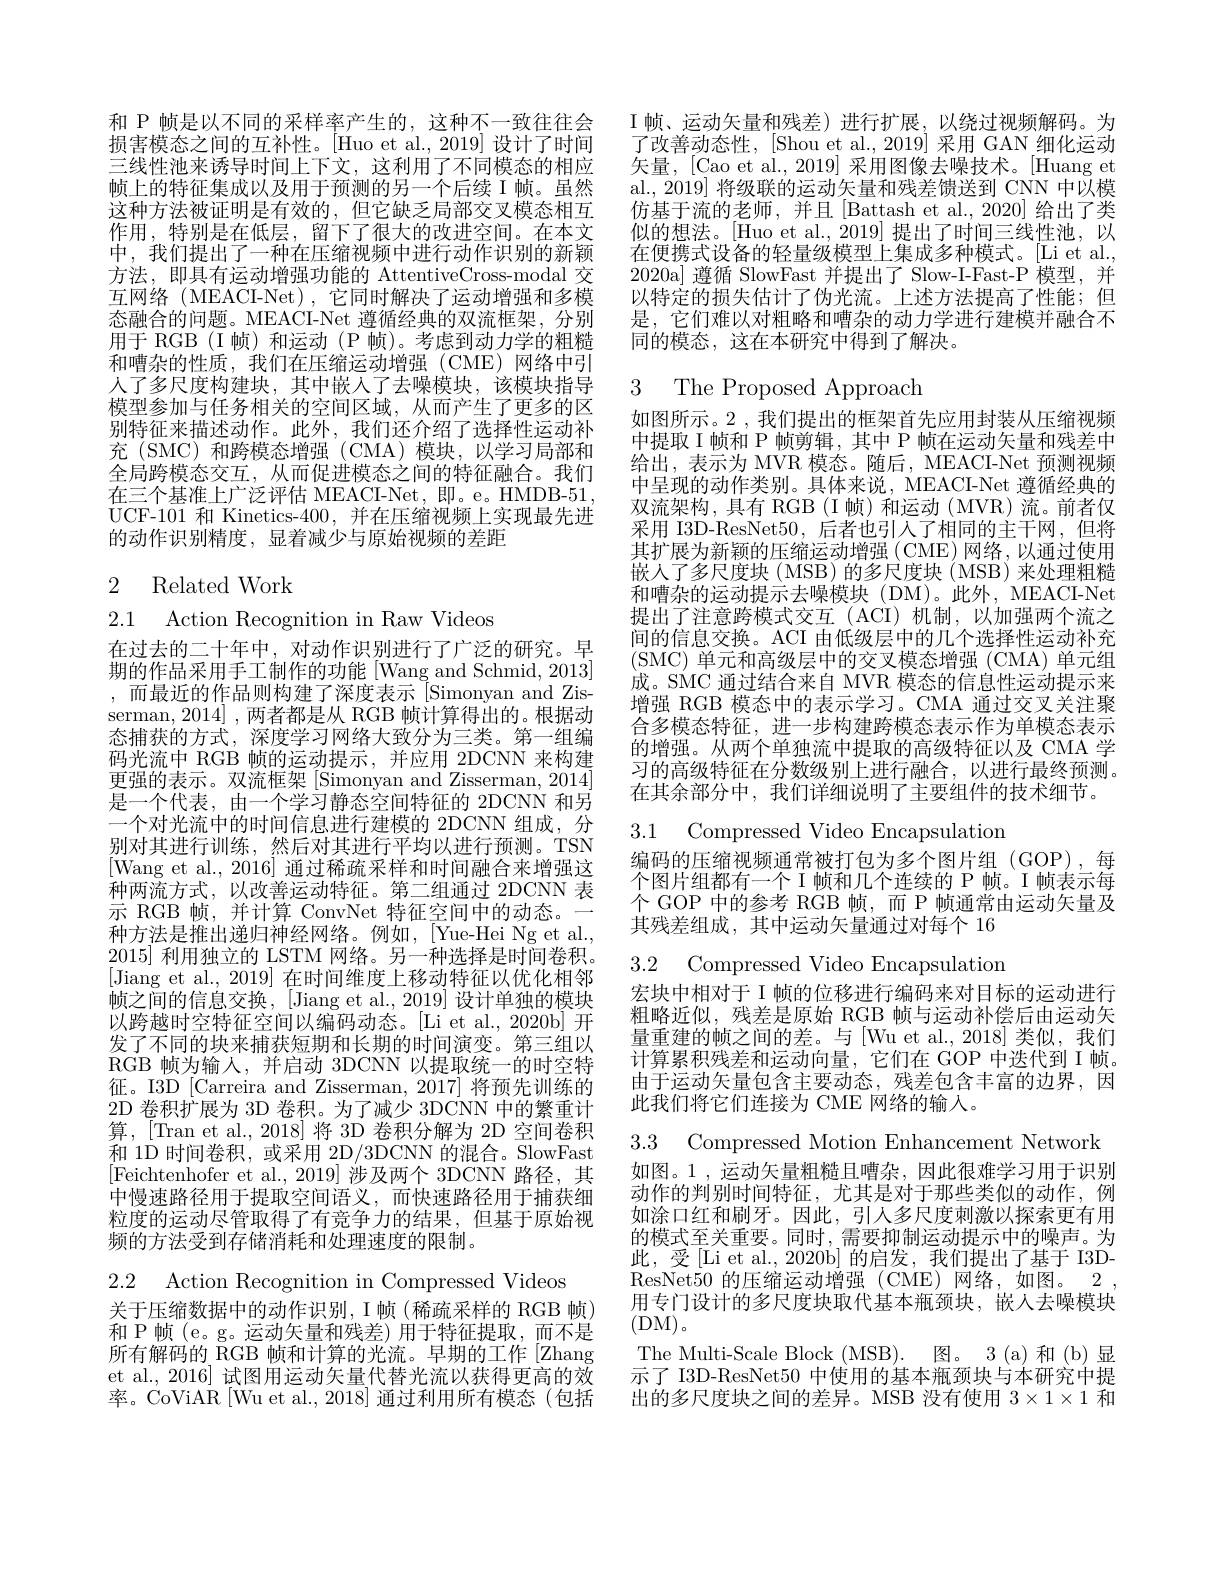
和 P 帧是以不同的采样率产生的，这种不一致往往会损害模态之间的互补性。[Huo et al., 2019] 设计了时间三线性池来诱导时间上下文，这利用了不同模态的相应帧上的特征集成以及用于预测的另一个后续 I 帧。虽然这种方法被证明是有效的，但它缺乏局部交叉模态相互作用，特别是在低层，留下了很大的改进空间。在本文中，我们提出了一种在压缩视频中进行动作识别的新颖方法，即具有运动增强功能的 AttentiveCross-modal 交互网络(MEACI-Net),它同时解决了运动增强和多模态融合的问题。MEACI-Net 遵循经典的双流框架，分别用于 RGB (I 帧) 和运动 (P 帧)。考虑到动力学的粗糙和嘈杂的性质，我们在压缩运动增强(CME)网络中引人了多尺度构建块，其中嵌入了去噪模块，该模块指导模型参加与任务相关的空间区域，从而产生了更多的区别特征来描述动作。此外，我们还介绍了选择性运动补充 (SMC) 和跨模态增强 (CMA) 模块，以学习局部和全局跨模态交互，从而促进模态之间的特征融合。我们在三个基准上广泛评估 MEACI-Net, 即。e。HMDB-51, UCF- 101 和 Kinetics- 400 , 并 在 压 缩 视 频 上 实 现 最 先 进 的动作识别精度，显着减少与原始视频的差距

# 2 Related Work

2.1 Action Recognition in Raw Videos
在过去的二十年中，对动作识别进行了广泛的研究。早期的作品采用手工制作的功能[Wang and Schmid, 2013] ,而最近的作品则构建了深度表示[Simonyan and Zisserman, 2014] , 两者都是从 RGB 帧计算得出的。根据动态捕获的方式，深度学习网络大致分为三类。第一组编码光流中 RGB 帧的运动提示，并应用 2DCNN 来构建更强的表示。双流框架 [Simonyan and Zisserman, 2014] 是一个代表，由一个学习静态空间特征的 2DCNN 和另一个对光流中的时间信息进行建模的 2DCNN 组成，分别对其进行训练，然后对其进行平均以进行预测。TSN [Wang et al., 2016] 通过稀疏采样和时间融合来增强这种两流方式，以改善运动特征。第二组通过 2DCNN 表示 RGB 帧，并计算 ConvNet 特征空间中的动态。一种方法是推出递归神经网络。例如，[Yue-Hei Ng et al. 2015]利用独立的 LSTM 网络。另一种选择是时间卷积。[Jiang et al., 2019] 在时间维度上移动特征以优化相邻帧之间的信息交换，[Jiang et al., 2019] 设计单独的模块以跨越时空特征空间以编码动态。[Li et al., 2020b] 开发了不同的块来捕获短期和长期的时间演变。第三组以RGB 帧为输人，并启动 3DCNN 以提取统一的时空特征。I3D [Carreira and Zisserman, 2017] 将预先训练的2D 卷积扩展为 3D 卷积。为了减少 3DCNN 中的繁重计算，[Tran et al., 2018]将 3D 卷积分解为 2D 空间卷积和 1D 时间卷积，或采用 2D/3DCNN 的混合。SlowFast [Feichtenhofer et al.,2019] 涉及两个 3DCNN 路径，其中慢速路径用于提取空间语义，而快速路径用于捕获细粒度的运动尽管取得了有竞争力的结果，但基于原始视频的方法受到存储消耗和处理速度的限制。

2.2 Action Recognition in Compressed Videos
关于压缩数据中的动作识别，I帧(稀疏采样的 RGB 帧) 和 P 帧 (e。g。运动矢量和残差)用于特征提取，而不是所有解码的 RGB 帧和计算的光流。早期的工作[Zhang et al., 2016] 试图用运动矢量代替光流以获得更高的效率。CoViAR[Wu et al., 2018] 通过利用所有模态(包括

I 帧、运动矢量和残差)进行扩展，以绕过视频解码。为了改善动态性，[Shou et al., 2019] 采用 GAN 细化运动矢量，[Cao et al., 2019] 采用图像去噪技术。[Huang et al., 2019] 将级联的运动矢量和残差馈送到 CNN 中以模仿基于流的老师，并且[Battash et al.,2020] 给出了类似的想法。[Huo et al., 2019] 提出了时间三线性池，以在便携式设备的轻量级模型上集成多种模式。[Li et al., 2020a] 遵循 SlowFast 并提出了 Slow-I-Fast-P 模型，并以特定的损失估计了伪光流。上述方法提高了性能；但是，它们难以对粗略和嘈杂的动力学进行建模并融合不同的模态，这在本研究中得到了解决。

# 3 The Proposed Approach

如图所示。2 , 我们提出的框架首先应用封装从压缩视频中提取 I 帧和 P 帧剪辑，其中 P 帧在运动矢量和残差中给出，表示为 MVR 模态。随后，MEACI-Net 预测视频中呈现的动作类别。具体来说，MEACI-Net 遵循经典的双流架构，具有 RGB(I 帧)和运动(MVR)流。前者仅采用 I3D-ResNet50,后者也引入了相同的主干网，但将其扩展为新颖的压缩运动增强(CME)网络，以通过使用嵌人了多尺度块( MSB)的多尺度块( MSB) 来处理粗糙和嘈杂的运动提示去噪模块(DM)。此外，MEACI-Net 提出了注意跨模式交互(ACI)机制，以加强两个流之间的信息交换。ACI 由低级层中的几个选择性运动补充(SMC) 单元和高级层中的交叉模态增强 (CMA) 单元组成。SMC 通过结合来自 MVR 模态的信息性运动提示来增强 RGB 模态中的表示学习。CMA 通过交叉关注聚合多模态特征，进一步构建跨模态表示作为单模态表示的增强。从两个单独流中提取的高级特征以及 CMA 学习的高级特征在分数级别上进行融合，以进行最终预测。在其余部分中，我们详细说明了主要组件的技术细节。

3.1 Compressed Video Encapsulation

编码的压缩视频通常被打包为多个图片组(GOP),每个图片组都有一个 I 帧和几个连续的 P 帧。I 帧表示每个 GOP 中的参考 RGB 帧，而 P 帧通常由运动矢量及其残差组成，其中运动矢量通过对每个 16

3.2 Compressed Video Encapsulation

宏块中相对于 I 帧的位移进行编码来对目标的运动进行粗略近似，残差是原始 RGB 帧与运动补偿后由运动矢量重建的帧之间的差。与[Wu et al.,2018]类似，我们计算累积残差和运动向量，它们在 GOP 中迭代到 I 帧。由于运动矢量包含主要动态，残差包含丰富的边界，因此我们将它们连接为 CME 网络的输入。

3.3 Compressed Motion Enhancement Network
如图。1 ,运动矢量粗糙且嘈杂，因此很难学习用于识别动作的判别时间特征，尤其是对于那些类似的动作，例如涂口红和刷牙。因此，引人多尺度刺激以探索更有用的模式至关重要。同时，需要抑制运动提示中的噪声。为此，受[Li et al., 2020b] 的启发，我们提出了基于 I3DResNet50的压缩运动增强(CME)网络，如图。2. 用专门设计的多尺度块取代基本瓶颈块，嵌人去噪模块(DM)。
The Multi-Scale Block (MSB). 图。3 (a)和(b)显示了 I3D-ResNet50 中使用的基本瓶颈块与本研究中提出的多尺度块之间的差异。MSB 没有使用$3\times1\times1$和